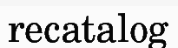
recatalog